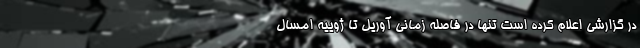
در گزارشی اعلام کرده است تنها در فاصله زمانی آوریل تا ژوییه امسال